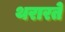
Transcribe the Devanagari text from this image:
थरारते